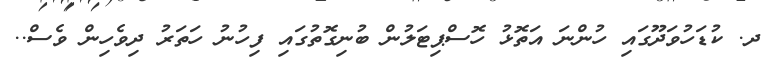
ދ. ކުޑަހުވަދޫގައި ހުންނަ އަތޮޅު ހޮސްޕިޓަލުން ބުނިގޮތުގައި ފިހުނު ހަތަރު ދިވެހިން ވެސް..